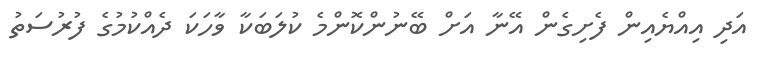
އަދި އިއްޔެއިން ފެށިގެން އޭނާ އަށް ބޭނުންކޮންމެ ކުލަބަކާ ވާހަކަ ދެއްކުމުގެ ފުރުސަތު